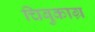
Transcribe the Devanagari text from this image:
चिबुकाग्र